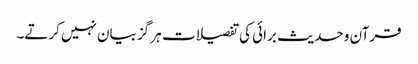
قرآن و حدیث برائی کی تفصیلات ہر گز بیان نہیں کرتے۔